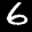
Label: 6